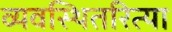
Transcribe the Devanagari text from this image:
व्यवस्थितरित्या